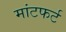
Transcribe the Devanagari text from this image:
मांटफर्ट